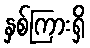
နှစ်ကြားရှိ